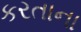
કરતાના